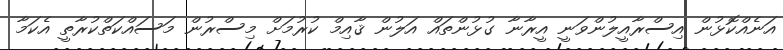
އަނެއްކޮޅުން އިސްރާއީލުންވަނީ އީރާނާ ގުޅުންތައް އަލުން ޤާއިމް ކުރުމަށް މިސްރުން މަސައްކަތްކުރާތީ އެކަމާ